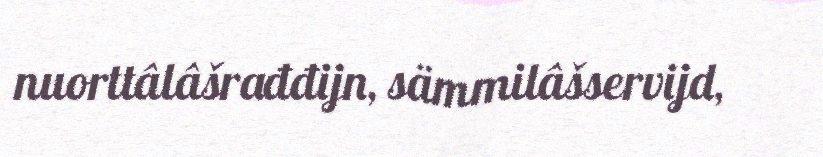
nuorttâlâšrađđijn, sämmilâšservijd,